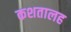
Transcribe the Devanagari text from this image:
कशतालह